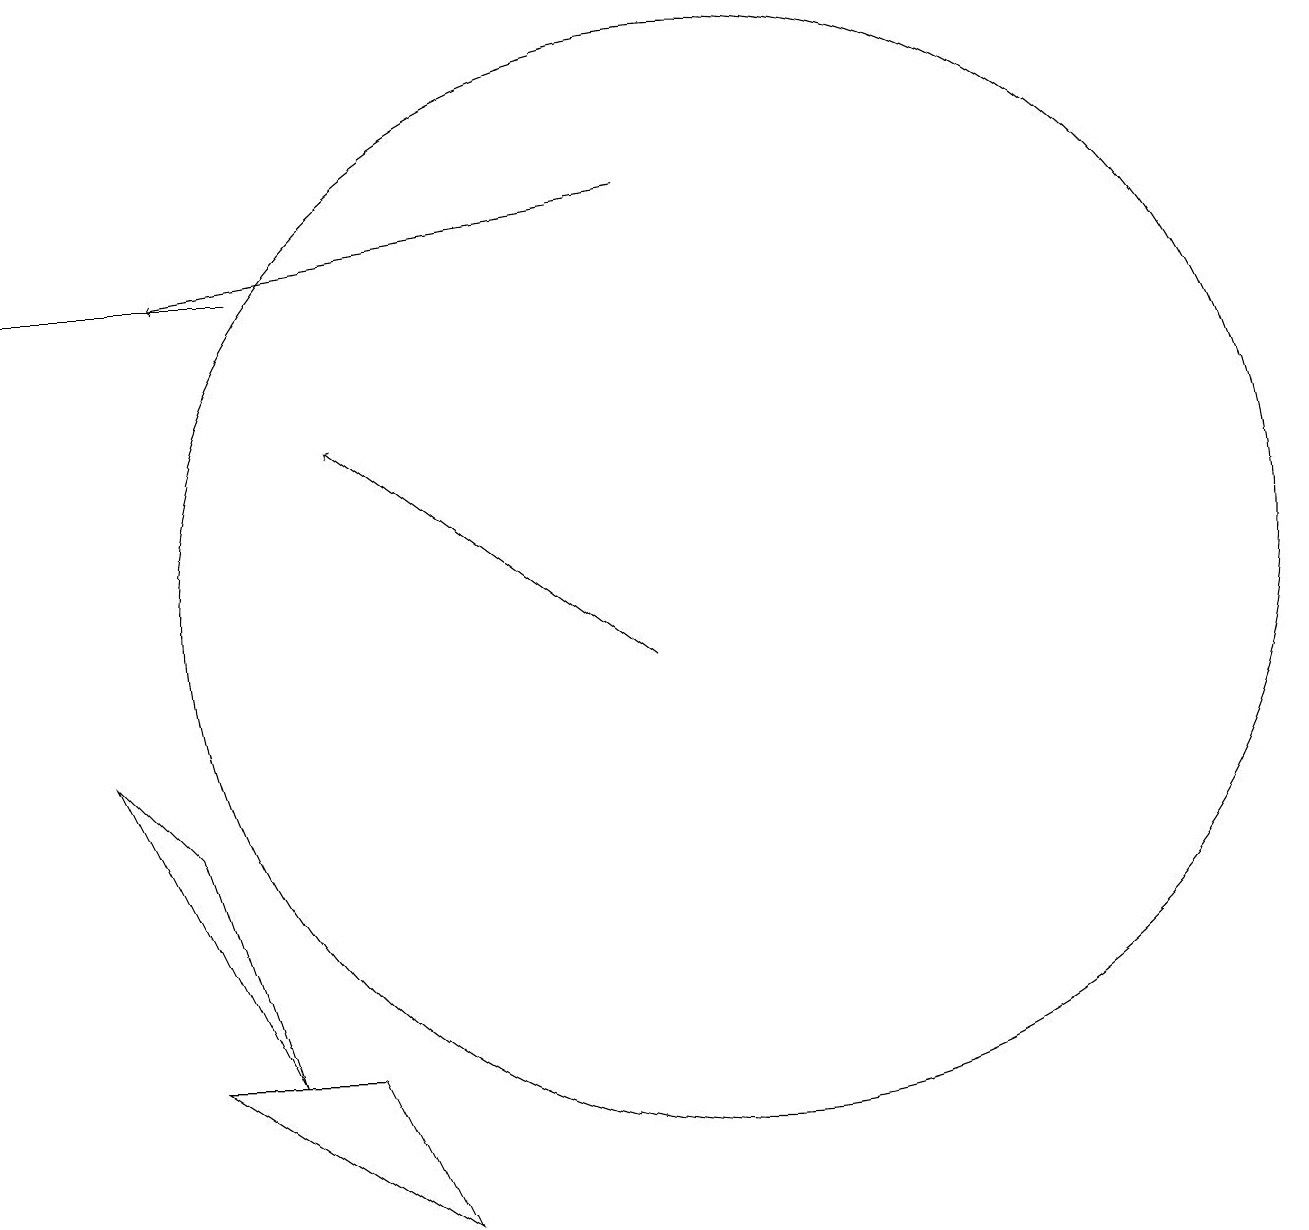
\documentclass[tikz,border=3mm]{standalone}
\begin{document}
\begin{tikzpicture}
\draw[->] (9,10) -- (5,13);
\draw (10,11) circle (7);
\draw (4,15) rectangle (1,15);
\draw (5,5) -- (6,3) -- (3,5) -- cycle;
\draw[->] (9,16) -- (3,15);
\draw (3,8) -- (4,5) -- (2,9) -- cycle;
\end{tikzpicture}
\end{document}